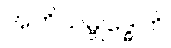
အဘိသမ္ဗုဒ္ဓေါတိ